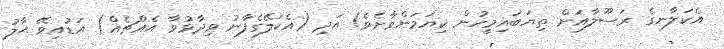
އެކަލާނގެ ރަސޫލާއަށް ތިޔަބައިމީހުން ކިޔަމަންވާށެވެ! އަދި (އެކަލޭގެފާނު ވިދާޅުވާ އެއްޗެއް) އަޑުއިވޭ ޙާލު